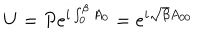
U = P e ^ { i \int _ { 0 } ^ { \beta } A _ { 0 } } = e ^ { i \sqrt { \beta } A _ { 0 0 } }